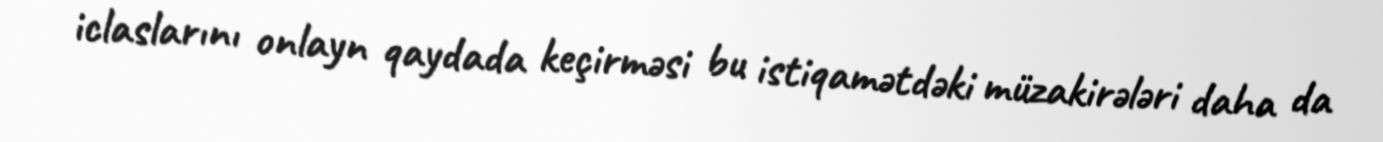
iclaslarını onlayn qaydada keçirməsi bu istiqamətdəki müzakirələri daha da